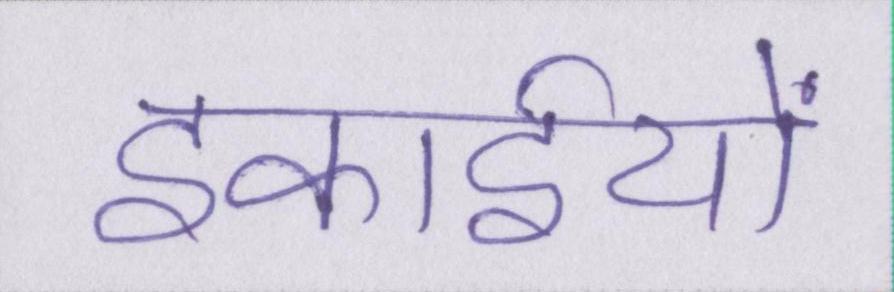
इकाईयों